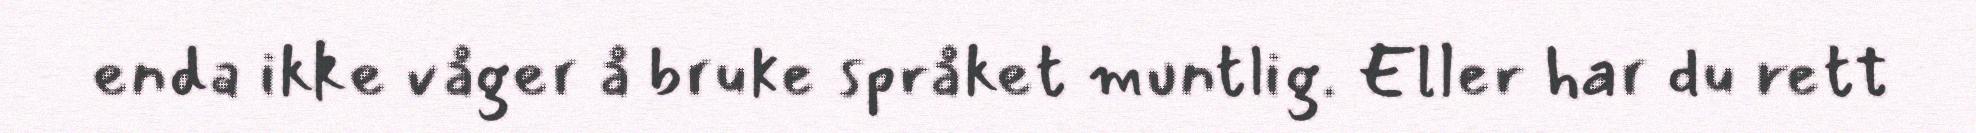
enda ikke våger å bruke språket muntlig. Eller har du rett